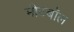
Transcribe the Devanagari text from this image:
मीटबॉल